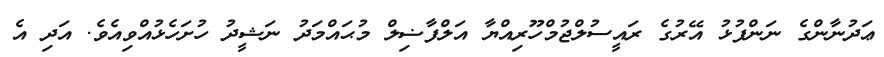
ޢަދުނާންގެ ނަންފުޅު އޭރުގެ ރައީސުލްޖުމްހޫރިއްޔާ އަލްފާޟިލް މުޙައްމަދު ނަޝީދު ހުށަހެޅުއްވިއެވެ. އަދި އެ